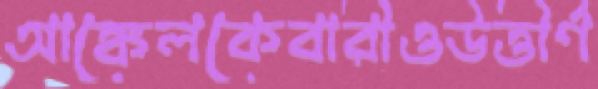
আঙ্কেলকেবারীওউত্তীর্ণ